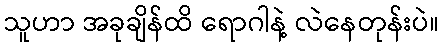
သူဟာ အခုချိန်ထိ ရောဂါနဲ့ လဲနေတုန်းပဲ။